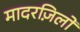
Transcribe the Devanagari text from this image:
मादरज़िलों